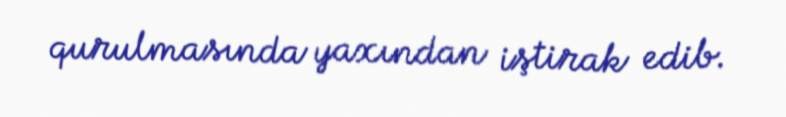
qurulmasında yaxından iştirak edib.